Vaccination in Bombay 1889-1901 - 1889-1901
Year: 1889
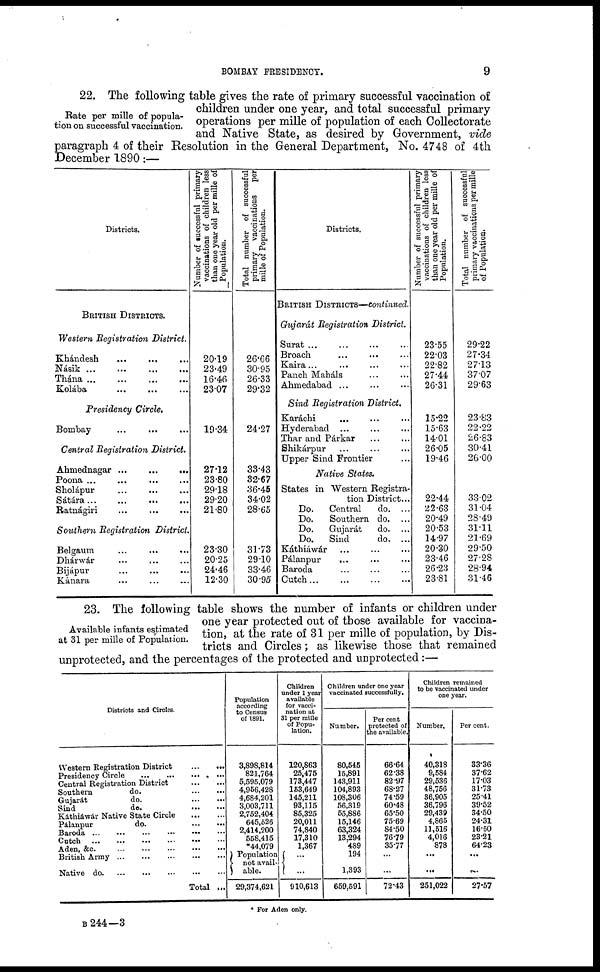
9
BOMBAY FRESIDENCY.
Rate per mille of popula-
tion on successful vaccination.
22. The following table gives the rate of primary successful vaccination of
children under one year, and total successful primary
operations per mille of population of each Collectorate
and Native State, as desired by Government, vide
paragraph 4 of their Resolution in the General Department, No. 4748 of 4th
December 1890:—
Districts.
BRITISH DISTRICTS.
Western Registration
District.
Khándesh ... ... ...
Násik
...
...
...
...
Thána
...
...
...
...
Kolába
... ... ...
Presidency Circle.
Bombay ... ... ...
Central Registration District.
Ahmednagar ...
...
...
Poona ... ... ... ...
Sholápur
...
... ...
Sátára ... ... ... ...
Ratnágiri ... ... ...
Southern Registration District.
Belgaum ... ... ...
Dhárwár ... ... ...
Bijápur ... ... ...
Kánara ... ... ...
Number of successful primary
vaccinations of children less
than one year old per mille of
Population.
20.19
23.49
16.46
23.07
19.34
27.12
23.80
29.18
29.20
21.80
23.30
20.25
24.46
12.30
Total number of successful
primary vaccinations
per
mille of Population.
26.66
30.95
26.33
29.32
24.27
33.43
32.67
36.45
34.02
28.65
31.73
29.10
33.46
30.95
Districts.
BRITISH DISTRICTS—continued.
Gujarát Registration District.
Surat ... ... ... ...
Broach ... ... ...
Kaira ... ... ... ...
Panch Maháls ... ...
Ahmedabad ... ... ...
Sind Registration District,
Karáchi ... ... ...
Hyderabad ... ... ...
Thar and Párkar ... ...
Shikárpur ... ... ...
Upper Sind Frontier ...
Native States.
States in Western Registra-
tion District ...
Do.
Central
do. ...
Do.
Southern do. ...
Do.
Gujarát
do. ...
Do.
Sind
do. ...
Káthiáwár ... ... ...
Pálanpur
... ... ...
Baroda ... ... ...
Cutch
...
...
...
...
Number of successful primary
vaccinations of children less
than one year old per mille of
Population.
23.55
22.03
22.82
27.44
26.31
15.22
15.63
14.01
26.05
19.46
22.44
122.63
20.49
20.53
14.97
20.30
23.46
26.23
23.81
Total number of successful
primary vaccinations per mille
of Population.
29.22
27.34
27.13
37.07
29.63
23.83
22.22
26.83
30.41
26.00
33.02
31.04
28.49
31.11
21.69
29.50
27.28
28.94
31.46
Available infants estimated
at 31 per mille of Population.
23. The following table shows the number of infants or children under
one year protected out of those available for vaccina-
tion, at the rate of 31 per mille of population, by Dis-
tricts and Circles; as likewise those that remained
unprotected, and the percentages of the protected and unprotected :—
Districts and Circles.
Western Registration District
... ...
Presidency Circle
... ... ... ...
Central Registration District
... ...
Southern
do.
... ...
Gujarát
do. ... ...
Sind
do.
... ...
Káthiáwár Native State Circle
... ...
Pálanpur
do.
... ...
Baroda ...
...
...
...
...
Cutch
...
...
...
...
...
Aden, &c. ... ... ... ... ...
British Army
...
...
...
...
...
Native d
o
. ... ... ... ... ...
Total ...
Population
according
to Census
of 1891.
3,898,814
821,764
5,595,079
4,956,428
4,684,201
3,003,711
2,752,404
645,526
2,414,200
558,415
*44,079
Population not avail¬
able.
29,374,621
Children
under 1 year
available
for vacci-
nation at
31 per mille
of Popu-
lation.
120,863
25,475
173,447
153,649
145,211
93,115
85,325
20,011
74,840
17,310
1,367
... ...
910,613
Children under one year
vaccinated successfully.
Number.
80,545
15,891
143,911
104,893
108,306
56,319
55,886
15,146
63,324
13,294
489
194
1,393
659,591
Per cent
protected of
the available.
66.64
62.38
82.97
68.27
74.59
60.48
65.50
75.69
84.50
76.79
35.77
...
...
72.43
Children remained
to be vaccinated under
one year.
Number.
40,318
9,584
29,536
48,756
36,905
36,796
29,439
4,865
11,516
4,016
878
...
...
251,022
Per cent.
33.36
37.62
17.03
31.73
25.41
39.52
34.50
24.31
16.50
23.21
64.23
...
...
27.57
* For Aden only.
B 244—3